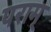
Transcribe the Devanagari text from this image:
पराम्